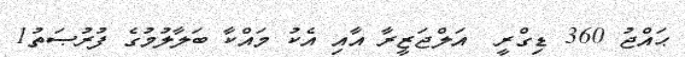
ޙައްޖު 360 ޑިގްރީ  އަލްޖަޒީރާ އާއި އެކު މައްކާ ބަލާލުމުގެ ފުރުޞަތު1